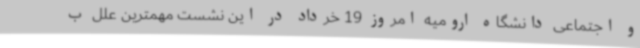
و اجتماعی دانشگاه ارومیه امروز 19 خرداد در این نشست مهمترین علل ب